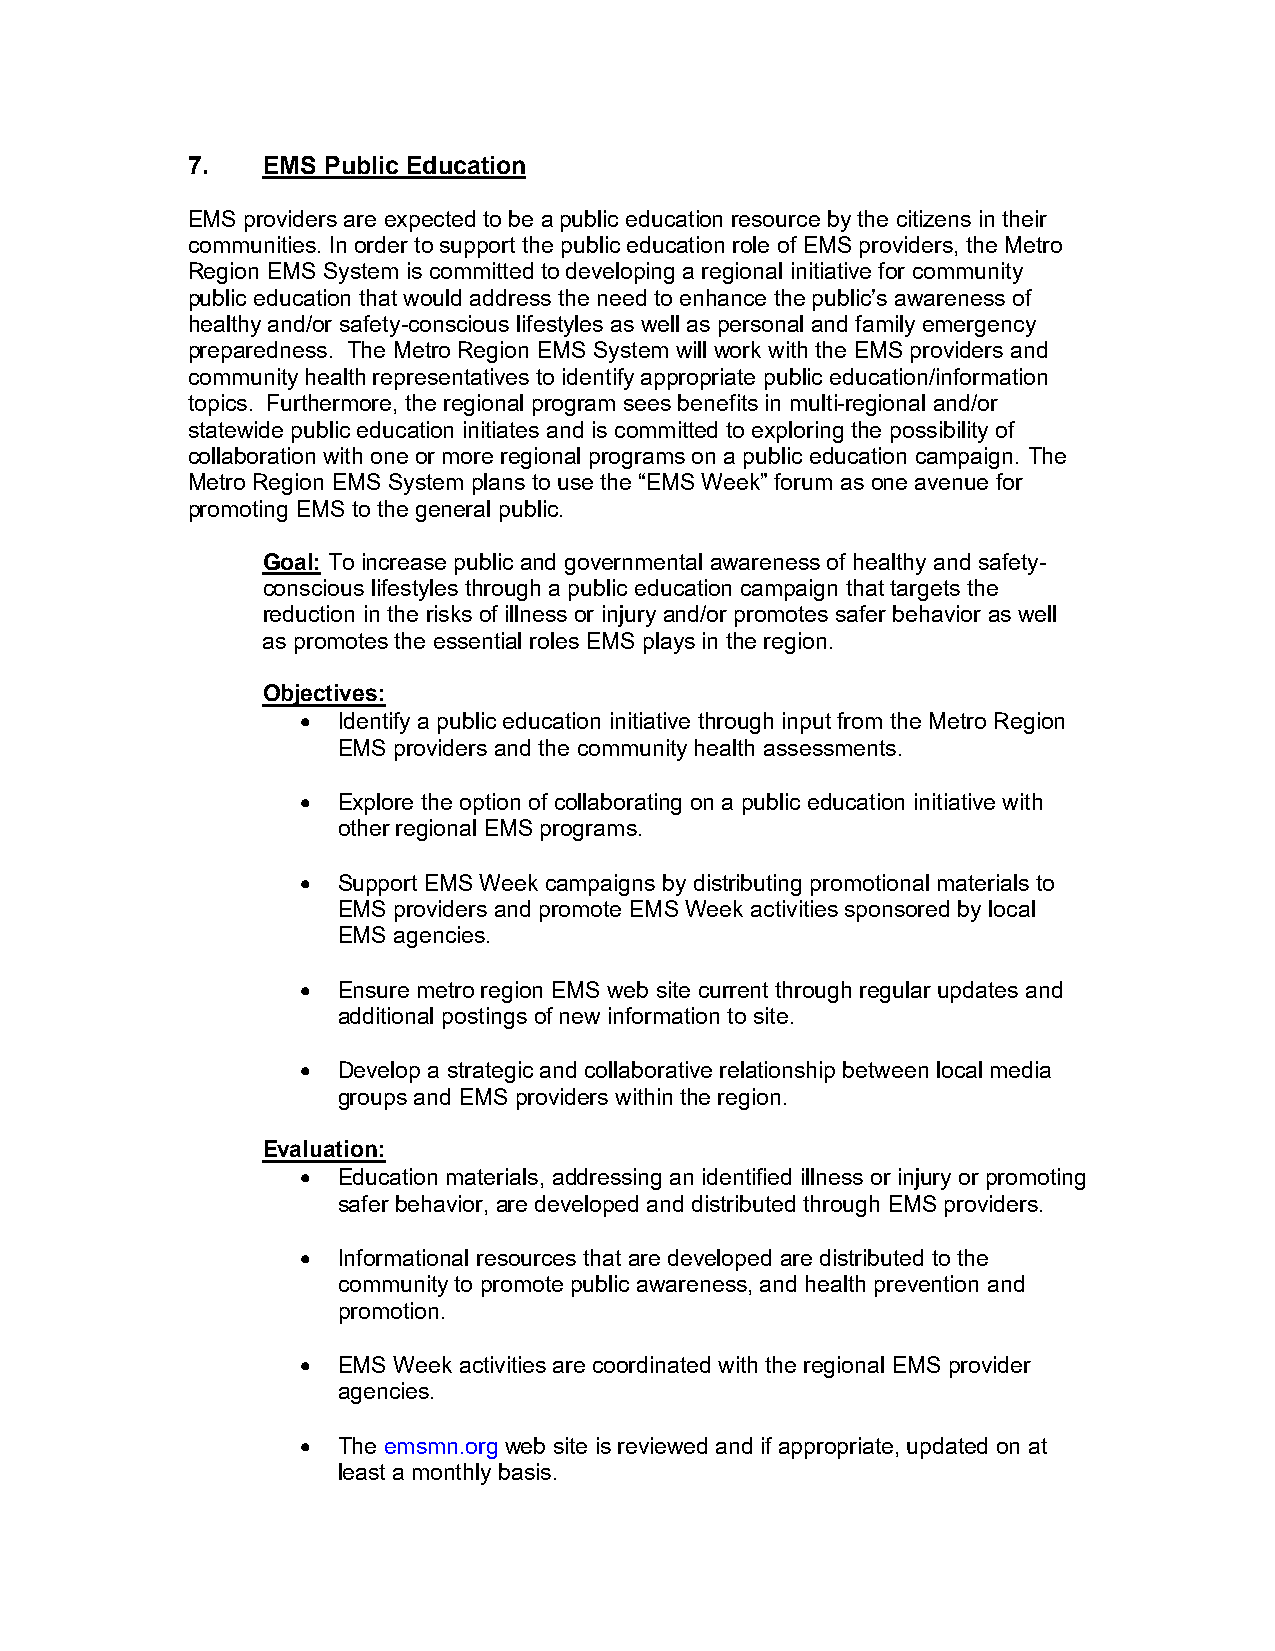
7.   EMS Public Education
 EMS providers are expected to be a public education resource by the citizens in their
 communities. In order to support the public education role of EMS providers, the Metro
 Region EMS System is committed to developing a regional initiative for community
 public education that would address the need to enhance the public’s awareness of
 healthy and/or safety-conscious lifestyles as well as personal and family emergency
 preparedness. The Metro Region EMS System will work with the EMS providers and
 community health representatives to identify appropriate public education/information
 topics. Furthermore, the regional program sees benefits in multi-regional and/or
 statewide public education initiates and is committed to exploring the possibility of
 collaboration with one or more regional programs on a public education campaign. The
 Metro Region EMS System plans to use the “EMS Week” forum as one avenue for
 promoting EMS to the general public.
 Goal: To increase public and governmental awareness of healthy and safety-
 conscious lifestyles through a public education campaign that targets the
 reduction in the risks of illness or injury and/or promotes safer behavior as well
 as promotes the essential roles EMS plays in the region.
 Objectives:
 • Identify a public education initiative through input from the Metro Region
 EMS providers and the community health assessments.
 • Explore the option of collaborating on a public education initiative with
 other regional EMS programs.
 • Support EMS Week campaigns by distributing promotional materials to
 EMS providers and promote EMS Week activities sponsored by local
 EMS agencies.
 • Ensure metro region EMS web site current through regular updates and
 additional postings of new information to site.
 • Develop a strategic and collaborative relationship between local media
 groups and EMS providers within the region.
 Evaluation:
 • Education materials, addressing an identified illness or injury or promoting
 safer behavior, are developed and distributed through EMS providers.
 • Informational resources that are developed are distributed to the
 community to promote public awareness, and health prevention and
 promotion.
 • EMS Week activities are coordinated with the regional EMS provider
 agencies.
 • The emsmn.org web site is reviewed and if appropriate, updated on at
 least a monthly basis.